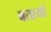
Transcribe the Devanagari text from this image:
बतायो